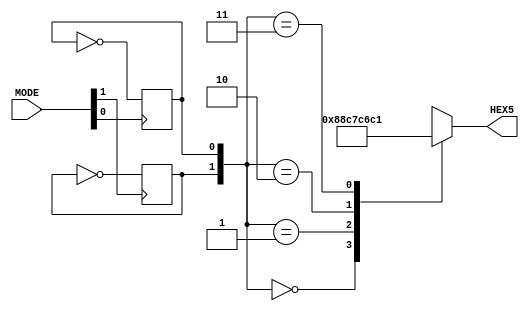
module print_mode(MODE,HEX5);
	input [1:0] MODE;
	output reg [7:0] HEX5;
	reg [1:0] k;
	
	initial
	begin
		k[0] = 0;
		k[1] = 0;
	end
	
	always @(posedge MODE[0])
	begin
		k[0] = ~k[0];
	end
	
	always @(posedge MODE[1])
	begin
		k[1] = ~k[1];
	end
	
	always @*
		case(k)
			2'b00: HEX5 = 8'b10001000;
			2'b01: HEX5 = 8'b11000111;
			2'b10: HEX5 = 8'b11000110;
			2'b11: HEX5 = 8'b11000001;
		endcase
endmodule